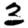
Digit: 3